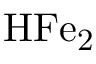
\mathrm { H F e _ { 2 } }